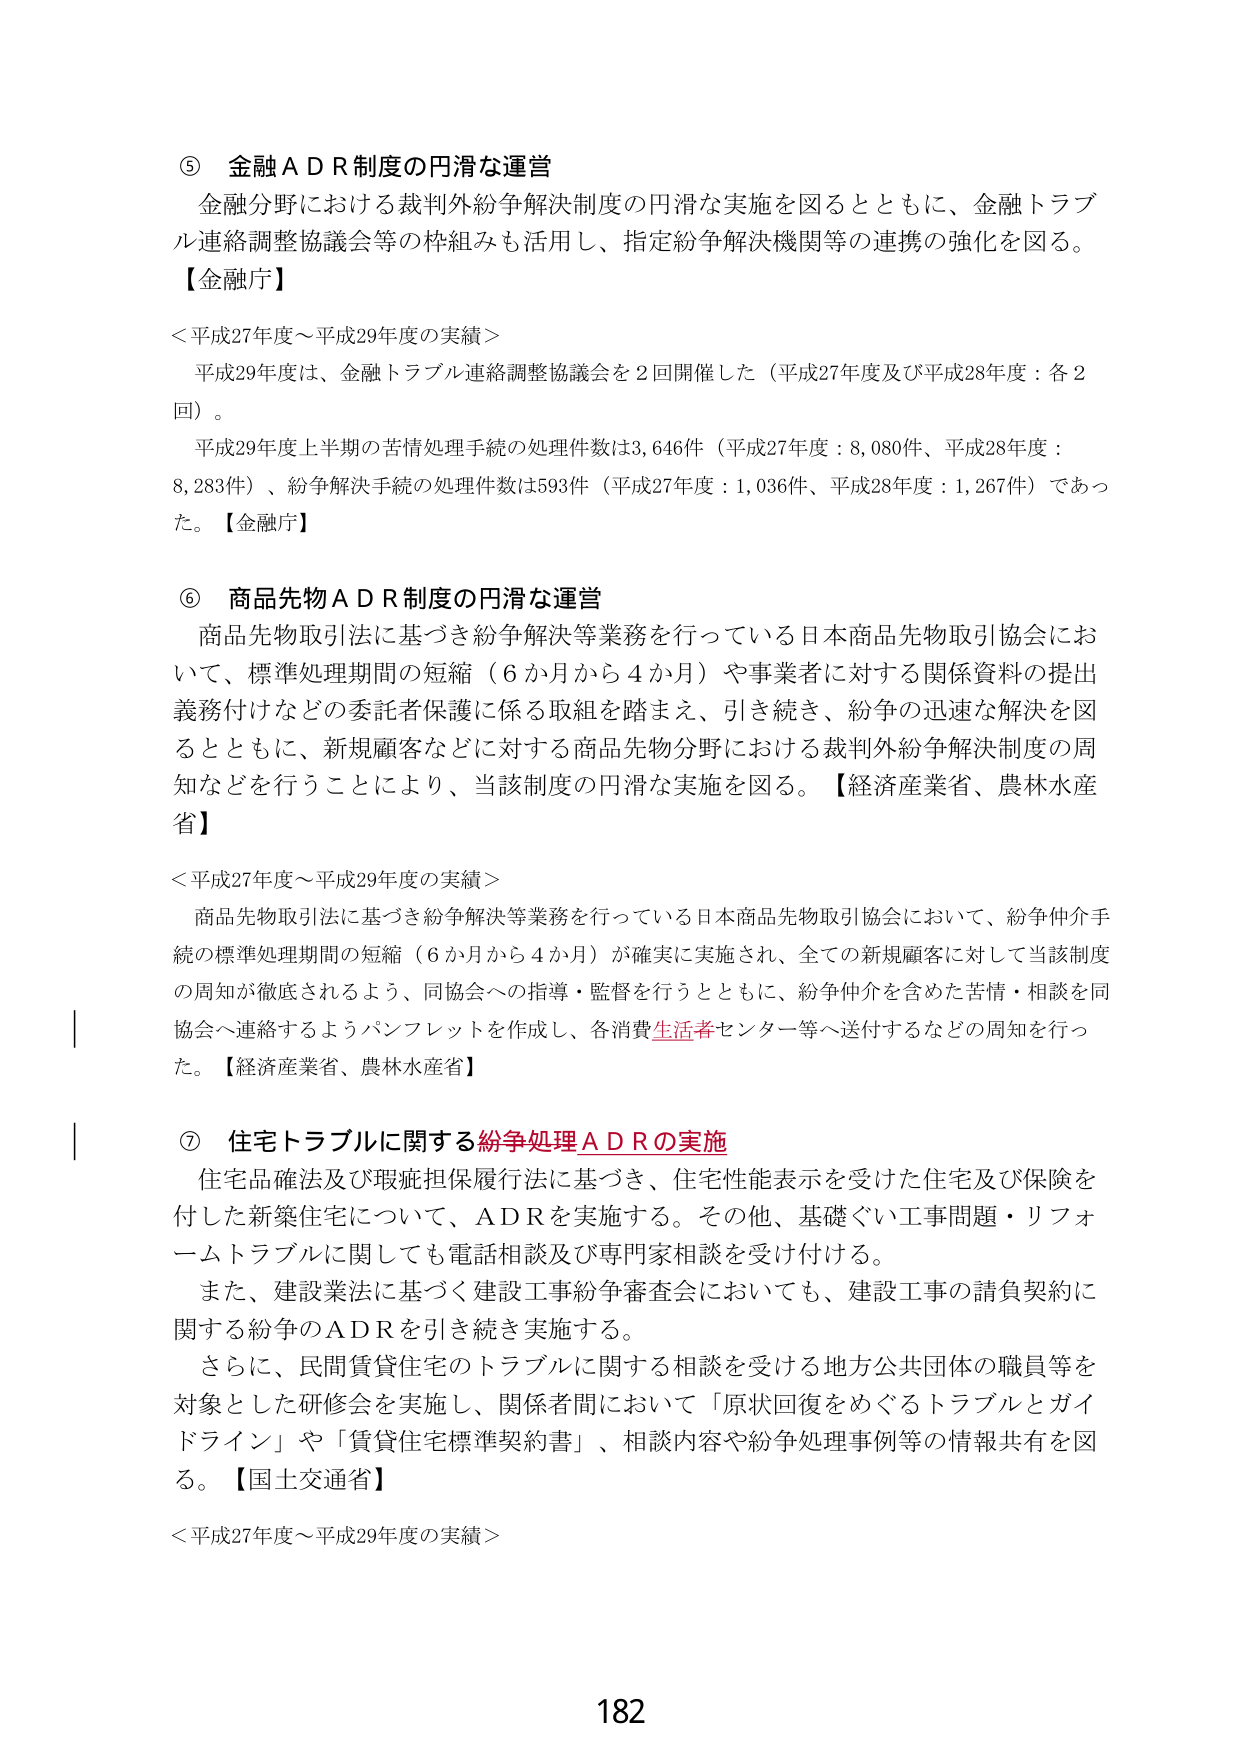
⑤ 金融ＡＤＲ制度の円滑な運営
金融分野における裁判外紛争解決制度の円滑な実施を図るとともに、金融トラブル連絡調整協議会等の枠組みも活用し、指定紛争解決機関等の連携の強化を図る。
【金融庁】

＜平成27年度～平成29年度の実績＞
平成29年度は、金融トラブル連絡調整協議会を２回開催した（平成27年度及び平成28年度：各２回）。
平成29年度上半期の苦情処理手続の処理件数は3,646件（平成27年度：8,080件、平成28年度：8,283件）、紛争解決手続の処理件数は593件（平成27年度：1,036件、平成28年度：1,267件）であった。【金融庁】

⑥ 商品先物ＡＤＲ制度の円滑な運営
商品先物取引法に基づき紛争解決等業務を行っている日本商品先物取引協会において、標準処理期間の短縮（6か月から4か月）や事業者に対する関係資料の提出義務付けなどの委託者保護に係る取組を踏まえ、引き続き、紛争の迅速な解決を図るとともに、新規顧客などに対する商品先物分野における裁判外紛争解決制度の周知などを行うことにより、当該制度の円滑な実施を図る。【経済産業省、農林水産省】

＜平成27年度～平成29年度の実績＞
商品先物取引法に基づき紛争解決等業務を行っている日本商品先物取引協会において、紛争仲介手続の標準処理期間の短縮（6か月から4か月）が確実に実施され、全ての新規顧客に対して当該制度の周知が徹底されるよう、同協会への指導・監督を行うとともに、紛争仲介を含めた苦情・相談を同協会へ連絡するようパンフレットを作成し、各消費生活者センター等へ送付するなどの周知を行った。【経済産業省、農林水産省】

⑦ 住宅トラブルに関する紛争処理ＡＤＲの実施
住宅品確法及び瑕疵担保履行法に基づき、住宅性能表示を受けた住宅及び保険を付した新築住宅について、ＡＤＲを実施する。その他、基礎ぐい工事問題・リフォームトラブルに関しても電話相談及び専門家相談を受け付ける。
また、建設業法に基づく建設工事紛争審査会においても、建設工事の請負契約に関する紛争のＡＤＲを引き続き実施する。
さらに、民間賃貸住宅のトラブルに関する相談を受ける地方公共団体の職員等を対象とした研修会を実施し、関係者間において「原状回復をめぐるトラブルとガイドライン」や「賃貸住宅標準契約書」、相談内容や紛争処理事例等の情報共有を図る。【国土交通省】

＜平成27年度～平成29年度の実績＞

182